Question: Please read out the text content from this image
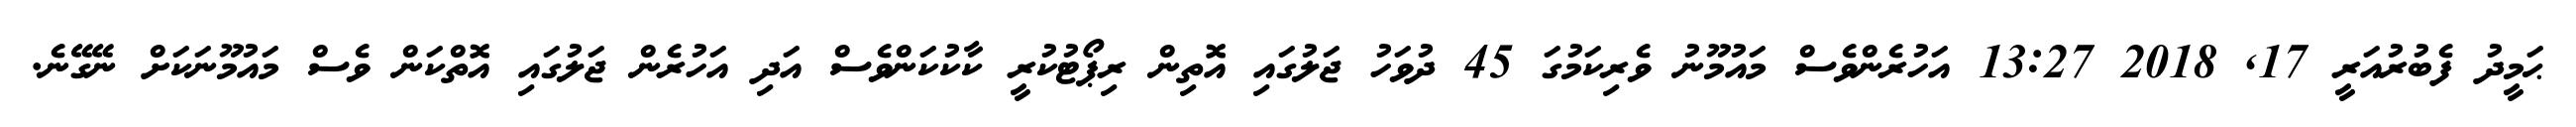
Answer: ޙަމީދު ފެބުރުއަރީ 17, 2018 13:27 އަހުރެންވެސް މައުމޫނު ވެރިކަމުގަ 45 ދުވަހު ޖަލުގައި އޮތިން ރިޕޯޓުކުރީ ކާކުކަންވެސް އަދި އަހުރެން ޖަލުގައި އޮތްކަން ވެސް މައުމޫނަކަށް ނޭގޭނެ.